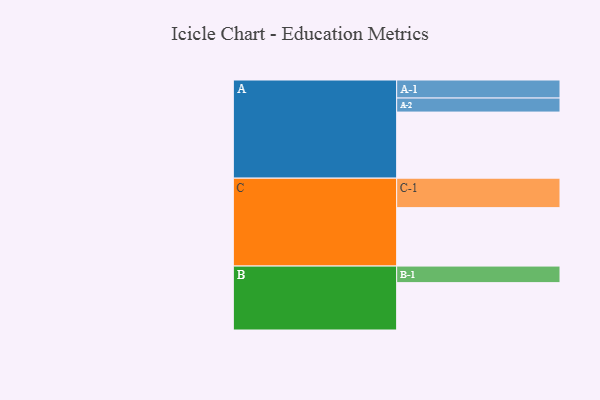
{"axis": {"x": "Segment", "y": "Value"}, "legend": ["", "A", "B", "C"], "data": [{"x": "A", "y": 579, "type": ""}, {"x": "B", "y": 415, "type": ""}, {"x": "C", "y": 512, "type": ""}, {"x": "A-1", "y": 158, "type": "A"}, {"x": "A-2", "y": 123, "type": "A"}, {"x": "B-1", "y": 145, "type": "B"}, {"x": "C-1", "y": 258, "type": "C"}]}